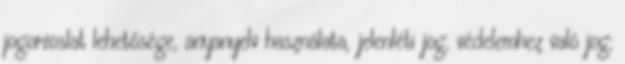
jogorvoslat lehetősége, anyanyelv használata, jelenléti jog, védelemhez való jog;